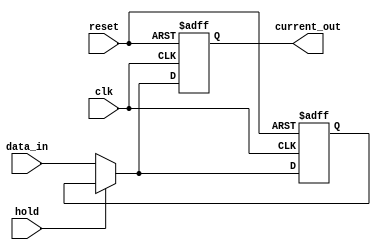
module hold_condition (
    input wire clk,               // Clock signal
    input wire reset,             // Reset signal
    input wire hold,              // Control signal to hold the current state
    input wire [7:0] data_in,     // Data inputs (8-bit for example)
    output reg [7:0] current_out   // Current state output (8-bit)
);

// Internal state variable to hold the current output value
reg [7:0] state;

// Always block for synchronous behavior
always @(posedge clk or posedge reset) begin
    if (reset) begin
        // Reset the output to a known state (e.g., 0)
        current_out <= 8'b0;
        state <= 8'b0;
    end else if (hold) begin
        // Hold the current output value
        current_out <= state;
    end else begin
        // Update the output based on data inputs
        current_out <= data_in;
        state <= data_in; // Update the state with new data
    end
end

endmodule